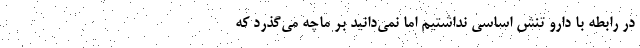
در رابطه با دارو تنش اساسی نداشتیم اما نمی‌دانید بر ماچه می‌گذرد که